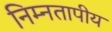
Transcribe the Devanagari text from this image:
निम्नतापीय